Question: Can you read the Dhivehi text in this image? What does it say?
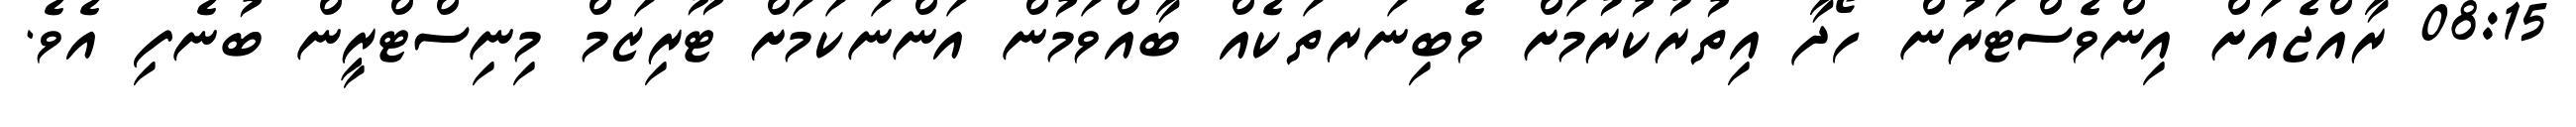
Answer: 08:15 ރާއްޖެއަށް އިންވެސްޓަރުން ހޯދާ އިތުރުކުރުމަށް ވެބިނަރތަކެއް ބާއްވަމުން އަންނަކަމަށް ޓޫރިޒަމް މިނިސްޓްރީން ބުނެފި އެވެ.